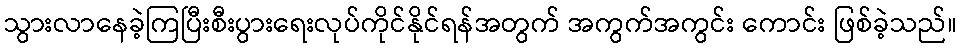
သွားလာနေခဲ့ကြပြီးစီးပွားရေးလုပ်ကိုင်နိုင်ရန်အတွက် အကွက်အကွင်း ကောင်း ဖြစ်ခဲ့သည်။